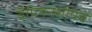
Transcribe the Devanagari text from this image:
चँपियनशीपचे